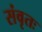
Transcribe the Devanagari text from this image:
संवृतः